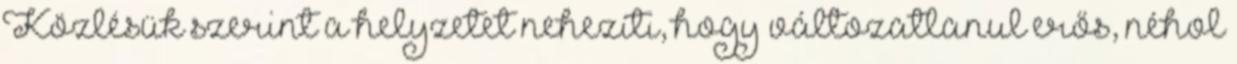
Közlésük szerint a helyzetet nehezíti, hogy változatlanul erős, néhol